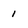
Character: 1